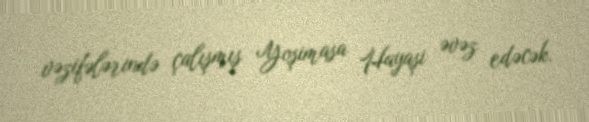
vəzifələrində çalışmış Yoşimasa Hayaşi əvəz edəcək.